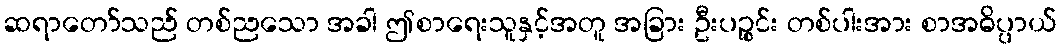
ဆရာတော်သည် တစ်ညသော အခါ ဤစာရေးသူနှင့်အတူ အခြား ဦးပဉ္စင်း တစ်ပါးအား စာအဓိပ္ပာယ်